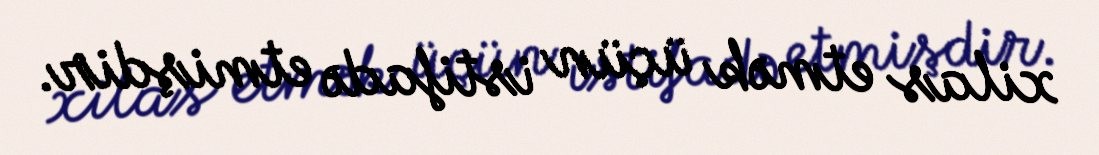
xilas etmək üçün istifadə etmişdir.